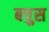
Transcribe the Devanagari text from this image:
बचुस